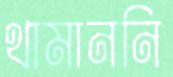
থামাননি